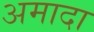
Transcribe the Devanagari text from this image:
अमादा